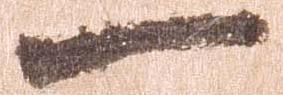
一